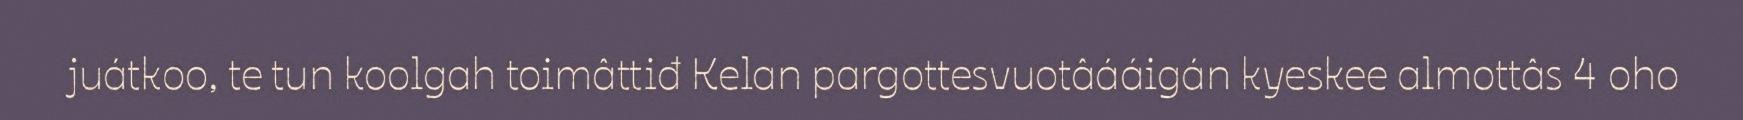
juátkoo, te tun koolgah toimâttiđ Kelan pargottesvuotâááigán kyeskee almottâs 4 oho